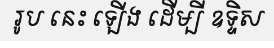
រូប នេះ ឡើង ដើម្បី ឧទ្ទិស